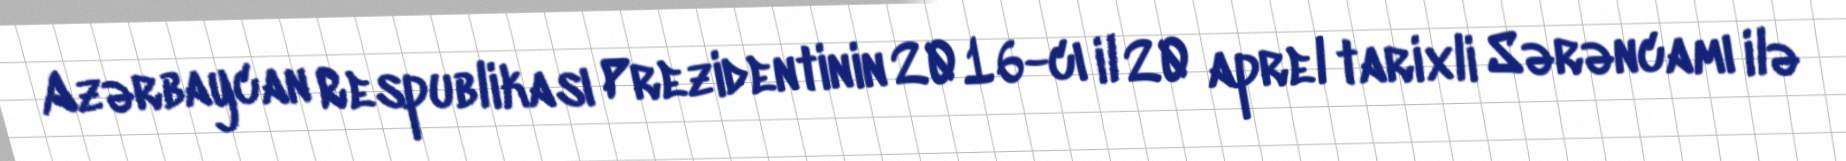
Azərbaycan Respublikası Prezidentinin 2016-cı il 20 aprel tarixli Sərəncamı ilə